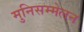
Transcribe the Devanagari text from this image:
मुनिसम्मेलन